Civil Veterinary Dept. Bombay admin report 1932-41 - 1932-1941
Year: 1932
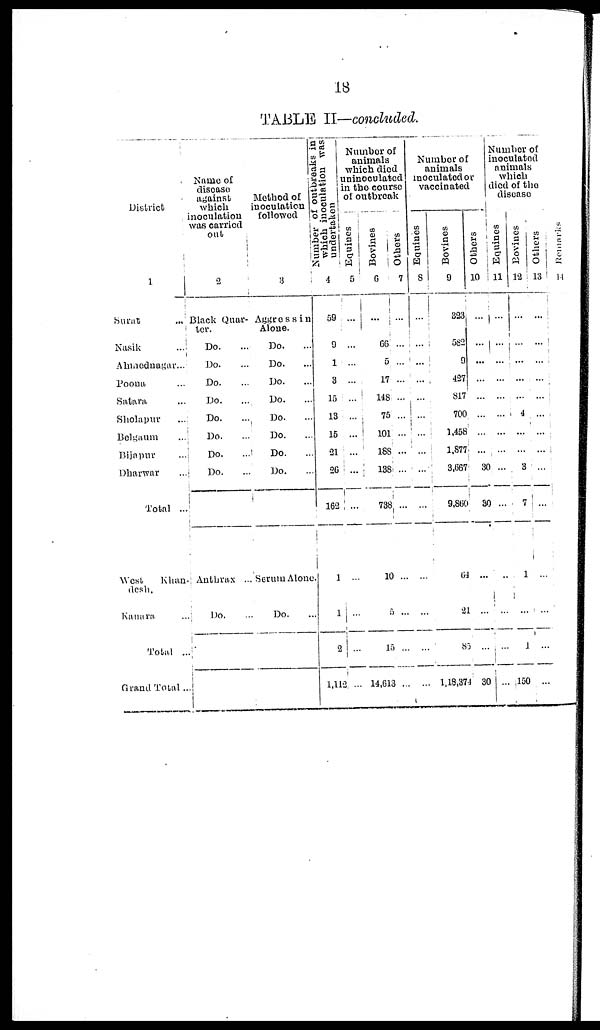
18
TABLE II—concluded.
District
1
Surat
...
Nasik
...
Ahmednagar...
Poona ...
Satara ...
Sholapur
...
Belgaum ...
Bijnpur ...
Dharwar ...
Total ...
West
Khan-
desh.
Kanara ...
Total ...
Grand Total...
Name of
discase
against
which
inoculation
was carried
out
2
Black Quar-
ter.
Do. ...
Do. ...
Do. ...
Do. ...
Do. ...
Do. ...
Do. ...
Do. ...
Anthrax ...
Do. ...
Method of
inoculation
followed
3
Aggressin
Alone.
Do. ...
Do. ...
Do. ...
Do. ...
Do. ...
Do. ...
Do. ...
Do. ...
Serum Alone
Do. ...
Number of outbreaks in
which inoculation was
undertaken
4
59
9
1
3
15
13
15
21
26
162
1
1
2
1,119
Number of
animals
which died
uninoculated
in the course
of outbreak
Equines
5
...
...
...
...
...
...
...
...
...
...
...
...
...
...
Bovines
6
...
66
5
17
148
75
101
188
138
738
10
5
15
14,613
Others
7
...
...
...
...
...
...
...
...
...
...
...
...
...
...
Number of
animals
inoculated or
vaccinated
Equines
8
...
...
...
...
...
...
...
...
...
...
...
...
...
Bovines
9
323
582
9
427
817
700,
1,458
1,877
3,667
9,860
64
21
85
1,18,374
Others
10
...
...
...
...
...
...
...
...
30
30
...
...
...
30
Number of
inoculated
animals
which
died of the
disease
Equines
11
...
...
...
...
...
...
...
...
...
...
...
...
...
...
Bovines
12
...
...
...
...
...
4
...
3
7
1
...
1
150
Others
13
...
...
...
...
...
...
...
...
...
...
...
...
...
...
Remarks
11